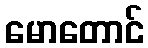
မောတောင်